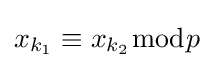
x_{k_{1}}\equiv x_{k_{2}}{\bmod {p}}